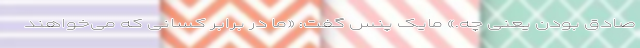
صادق بودن یعنی چه.» مایک پنس گفت: «ما در برابر کسانی که می‌خواهند